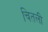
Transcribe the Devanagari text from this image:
चितली